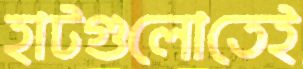
হাটগুলোতেই